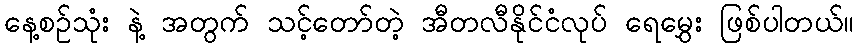
နေ့စဉ်သုံး နဲ့ အတွက် သင့်တော်တဲ့ အီတလီနိုင်ငံလုပ် ရေမွှေး ဖြစ်ပါတယ်။